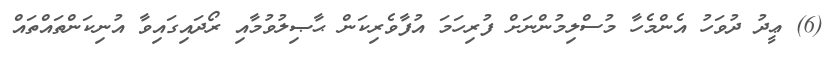
(6) ޢީދު ދުވަހު އެންމެހާ މުސްލިމުންނަށް ފުރިހަމަ އުފާވެރިކަން ޙާޞިލުވުމާއި ރޯދައިގައިވާ އުނިކަންތައްތައް